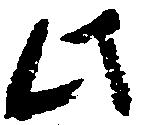
此